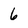
Character: 6